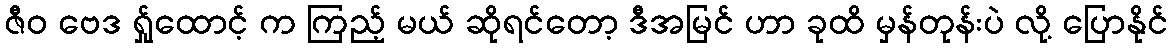
ဇီဝ ဗေဒ ရ်ှုထောင့် က ကြည့် မယ် ဆိုရင်တော့ ဒီအမြင် ဟာ ခုထိ မှန်တုန်းပဲ လို့ ပြောနိုင်